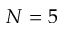
N = 5